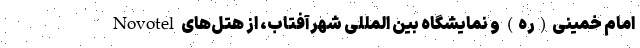
امام خمینی(ره) و نمایشگاه بین المللی شهرآفتاب، از هتل‌های Novotel